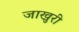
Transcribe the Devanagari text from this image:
जाखुरी